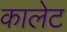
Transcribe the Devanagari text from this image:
कालेट